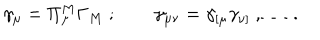
\gamma _ { \mu } = \Pi _ { \mu } ^ { M } \Gamma _ { M } \ ; \qquad \gamma _ { \mu \nu } = \gamma _ { [ \mu } \gamma _ { \nu ] } \ , \ldots \ .